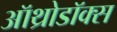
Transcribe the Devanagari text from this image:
ऑथ्रोडॉक्स